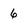
Character: 6